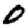
Digit: 0